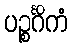
ပဉ္စင်္ဂိကံ